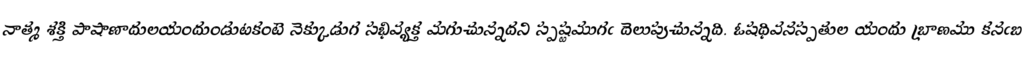
నాత్మ శక్తి పాషాణాదులయందుండుటకంటె నెక్కుడుగ సభివ్యక్త మగుచున్నదని స్పష్టముగఁ దెలుపుచున్నది. ఓషధివనస్పతుల యందు బ్రాణము కనఁబ